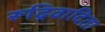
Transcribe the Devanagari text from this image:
रूढ्रिवादिता